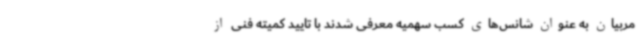
مربیان به عنوان شانس‌های کسب سهمیه معرفی شدند با تایید کمیته فنی از